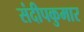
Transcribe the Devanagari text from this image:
संदीपकुमार